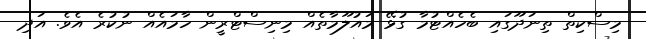
މިސްކިތް ތިނަދޫގައި ބެހެއްޓުމާ ގުޅޭ މައުލޫމާތެއް މިނިސްޓްރީން ހާމައެއް ނުކުރެ އެވެ. އަދި